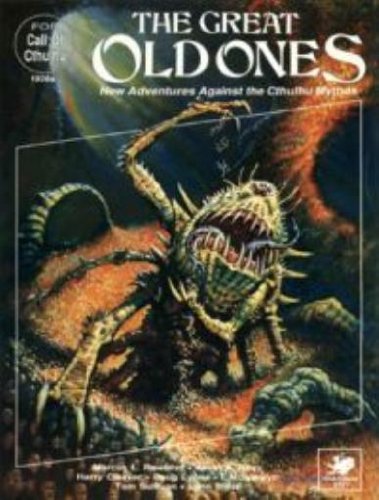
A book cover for The Great Old Ones (Call of Cthulhu Horror Roleplaying, 1920s Setting); Marcus L. Rowland; Science Fiction & Fantasy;